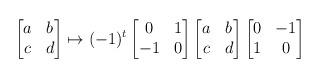
LaTeX: \begin{align*}\begin{bmatrix}a & b \\ c & d\end{bmatrix}\mapsto(-1)^t\begin{bmatrix}0 & 1 \\ -1 & 0\end{bmatrix}\begin{bmatrix}a & b \\ c & d\end{bmatrix}\begin{bmatrix}0 & -1 \\ 1 & 0\end{bmatrix}\end{align*}